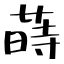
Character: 蒔